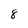
Character: 8